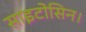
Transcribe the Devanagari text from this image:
साइटोसिन।